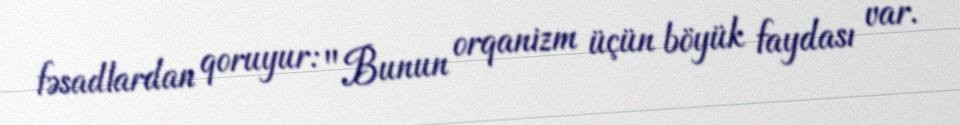
fəsadlardan qoruyur: "Bunun orqanizm üçün böyük faydası var.